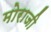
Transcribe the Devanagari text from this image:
मोराजी